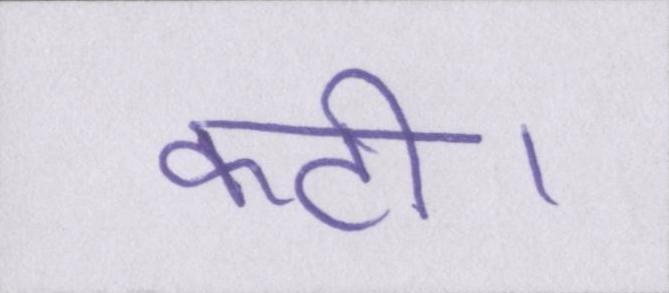
कटी।